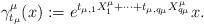
LaTeX: \begin{align*}\gamma_{t_{\mu}}^\mu(x) := e^{ t_{\mu,1} X_{1}^{\mu} + \cdots + t_{\mu, q_{\mu}} X_{q_{\mu}}^{\mu}} x.\end{align*}